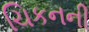
ચિકનની